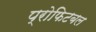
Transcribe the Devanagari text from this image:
प्रोफिटबल